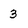
Character: 3